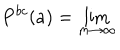
LaTeX: P ^ { b c } ( a ) = \lim _ { m \rightarrow \infty }